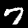
Label: 7